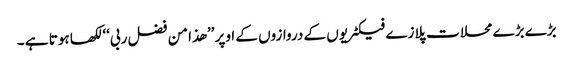
بڑے بڑے محلات پلازے فیکٹریوں کے دروازوں کے اوپر ’’ھذا من فضل ربی‘‘لکھا ہوتا ہے ۔